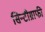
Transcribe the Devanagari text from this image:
सिन्टीग्राफी